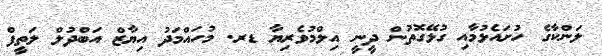
ލަންކާގެ ހުށައެޅުމާއި ގުޅޭގޮތުން ދީނީ އިލްމުވެރިޔާ ޑރ. މުހައްމަދު އިޔާޒް އަބްދުލް ލަތީފް